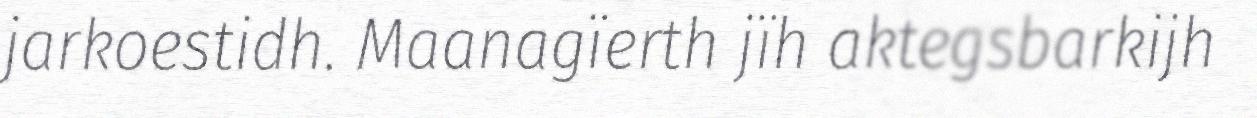
jarkoestidh. Maanagïerth jïh aktegsbarkijh